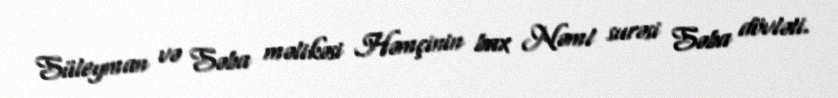
Süleyman və Səba məlikəsi Həmçinin bax Nəml surəsi Səba dövləti.